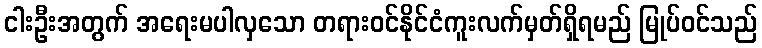
ငါးဦးအတွက် အရေးမပါလှသော တရားဝင်နိုင်ငံကူးလက်မှတ်ရှိရမည် မြုပ်ဝင်သည်